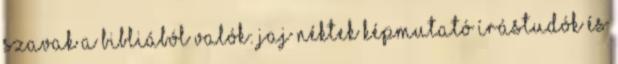
szavak a Bibliából valók: Jaj néktek képmutató írástudók és